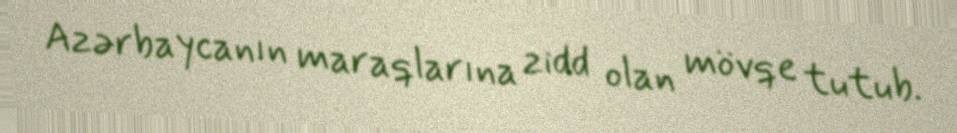
Azərbaycanın maraqlarına zidd olan mövqe tutub.